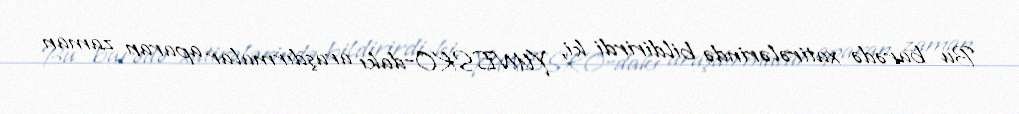
Bu barədə xatirələrində bildirirdi ki, YUNESKO-dakı araşdırmalar aparan zaman